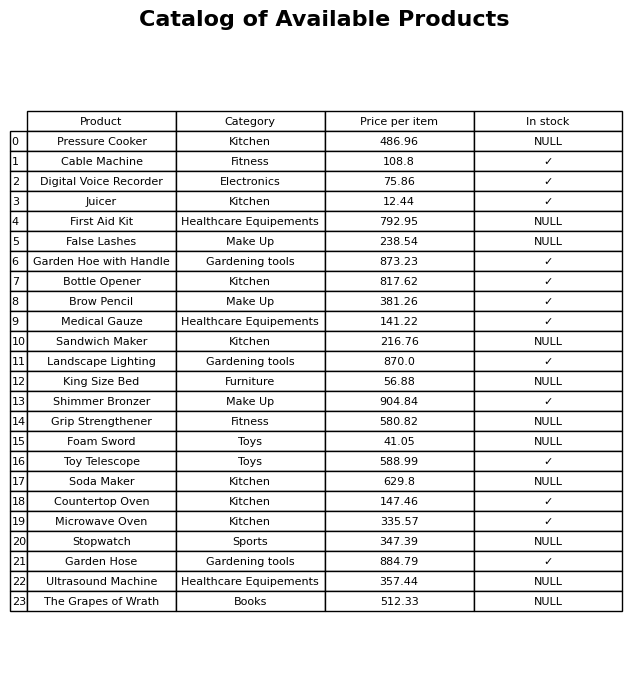
question: What is the price for Juicer?
answer: The price of Juicer is 12.44.